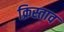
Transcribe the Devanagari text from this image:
क्रिस्ताव